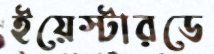
ইয়েস্টারডে